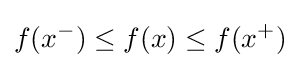
f(x^{-})\leq f(x)\leq f(x^{+})